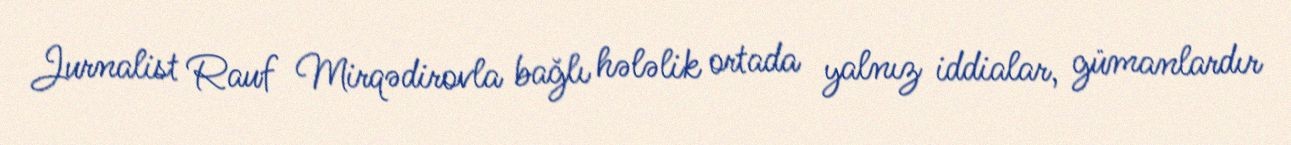
Jurnalist Rauf Mirqədirovla bağlı hələlik ortada yalnız iddialar, gümanlardır